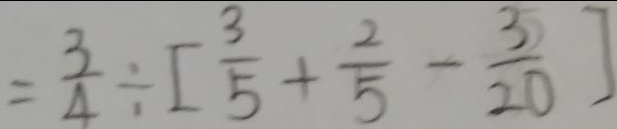
= \frac { 3 } { 4 } \div [ \frac { 3 } { 5 } + \frac { 2 } { 5 } - \frac { 3 } { 2 0 } ]